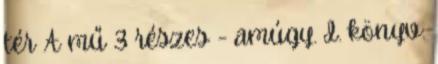
tér A mű 3 részes - amúgy. I. könyv: